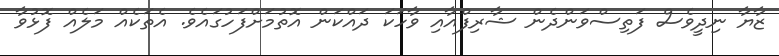
ޒާޔާ ނިދީވެސް ފަތިސްވަންދެން ޝާރިފްއާއި ވާހަކަ ދައްކަން އޮތުމަށްފަހުގައެވެ. އެތަކެއް މަލެއް ފޮޅުވާ